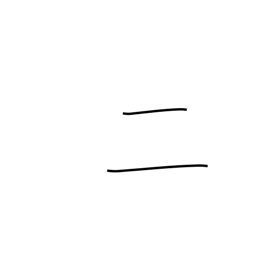
Meaning: two